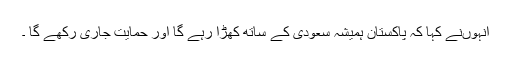
انہوںنے کہا کہ پاکستان ہمیشہ سعودی کے ساتھ کھڑا رہے گا اور حمایت جاری رکھے گا ۔